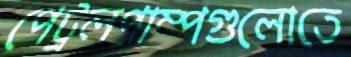
পেট্রলপাম্পগুলোতে